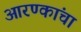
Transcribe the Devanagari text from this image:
आरण्कांचा